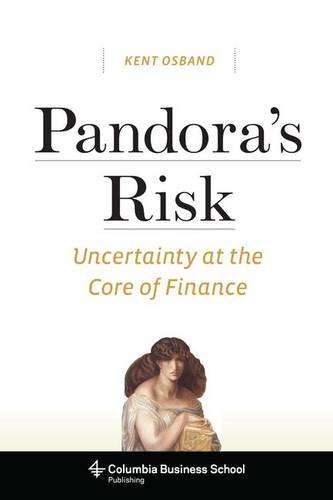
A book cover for Pandora's Risk: Uncertainty at the Core of Finance (Columbia Business School Publishing); Kent Osband; Business & Money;